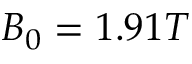
B _ { 0 } = 1 . 9 1 T